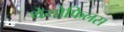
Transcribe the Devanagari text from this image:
थेयोफिलस